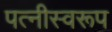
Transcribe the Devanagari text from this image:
पत्नीस्वरूप